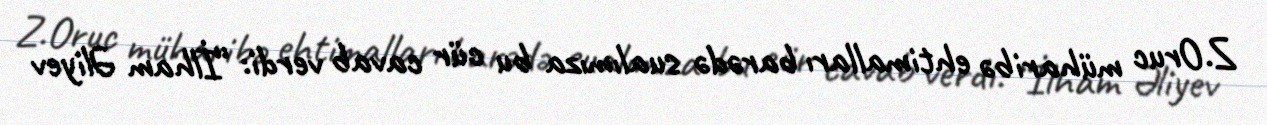
Z.Oruc müharibə ehtimalları barədə sualımıza bu cür cavab verdi: “İlham Əliyev